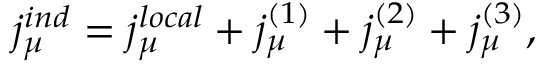
j _ { \mu } ^ { i n d } = j _ { \mu } ^ { l o c a l } + j _ { \mu } ^ { ( 1 ) } + j _ { \mu } ^ { ( 2 ) } + j _ { \mu } ^ { ( 3 ) } ,